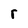
Character: r